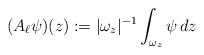
\begin{align*} (A_\ell \psi)(z):=|\omega_z|^{-1}\int_{\omega_z} \psi\,dz \end{align*}